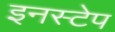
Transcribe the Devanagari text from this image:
इनस्टेप